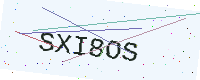
Text: SXI8OS